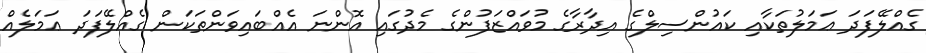
ގެއްލޭފަދަ ޢަމަލުތަކާއި ކައުންސިލްގެ އިދާރާގެ މުވައްޒަފުންގެ މެދުގައި އޮންނަ އެއްބައިވަންތަކަން ގެއްލޭފަދަ ޢަމަލެއް